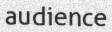
audience